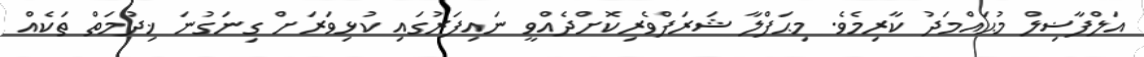
އަލްފާޟިލް މުޙައްމަދު ކާރިމެވެ. މިޙަފްލާ ޝަރަފްވެރިކޮށްދެއްވީ ނައިފަރުގައި ކުޅިވަރަށް ގިނަގުނަ ޚިދުމަތް ތަކެއް